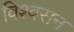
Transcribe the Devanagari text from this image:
विश्वसन